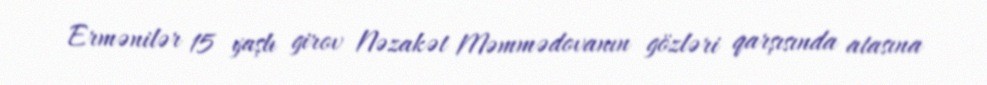
Ermənilər 15 yaşlı girov Nəzakət Məmmədovanın gözləri qarşısında atasına